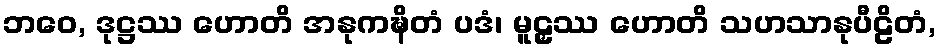
ဘဝေ, ဒုဋ္ဌဿ ဟောတိ အနုကဍ္ဎိတံ ပဒံ၊ မူဠှဿ ဟောတိ သဟသာနုပီဠိတံ,